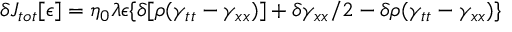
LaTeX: \delta J _ { t o t } [ \epsilon ] = \eta _ { 0 } \lambda \epsilon \{ \delta [ \rho ( \gamma _ { t t } - \gamma _ { x x } ) ] + \delta \gamma _ { x x } / 2 - \delta \rho ( \gamma _ { t t } - \gamma _ { x x } ) \}